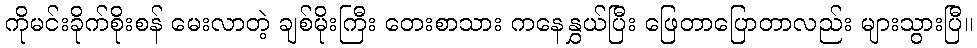
ကိုမင်းခိုက်စိုးစန် မေးလာတဲ့ ချစ်မိုးကြီး တေးစာသား ကနေနွှယ်ပြီး ဖြေတာပြောတာလည်း များသွားပြီ။